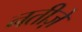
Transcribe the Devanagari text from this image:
नतीज़े